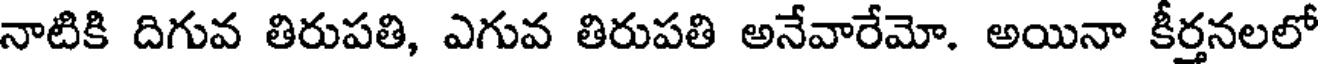
నాటికి దిగువ తిరుపతి, ఎగువ తిరుపతి అనేవారేమో. అయినా కీర్తనలలో